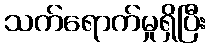
သက်ရောက်မှုရှိပြီး